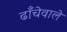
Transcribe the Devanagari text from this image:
ढाँचेवाले